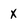
Character: x